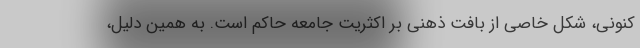
کنونی، شکل خاصی از بافت ذهنی بر اکثریت جامعه حاکم است. به همین دلیل،